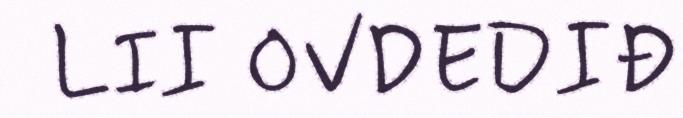
LII OVDEDIĐ